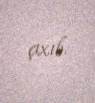
çıxıb.